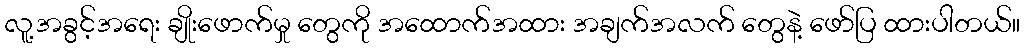
လူ့အခွင့်အရေး ချိုးဖောက်မှု တွေကို အထောက်အထား အချက်အလက် တွေနဲ့ ဖော်ပြ ထားပါတယ်။